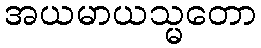
အယမာယသ္မတော